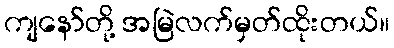
ကျနော်တို့ အမြဲလက်မှတ်ထိုးတယ်။